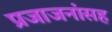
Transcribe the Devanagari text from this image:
प्रजाजनांसह